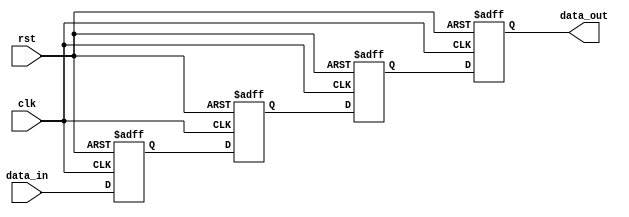
module bypass_register (
    input wire [3:0] data_in,
    input wire clk,
    input wire rst,
    output reg [3:0] data_out
);

reg [3:0] reg_1;
reg [3:0] reg_2;
reg [3:0] reg_3;
reg [3:0] reg_4;

always @(posedge clk or posedge rst) begin
    if (rst) begin
        reg_1 <= 4'b0000;
        reg_2 <= 4'b0000;
        reg_3 <= 4'b0000;
        reg_4 <= 4'b0000;
    end else begin
        reg_1 <= data_in;
        reg_2 <= reg_1;
        reg_3 <= reg_2;
        reg_4 <= reg_3;
    end
end

assign data_out = reg_4;

endmodule